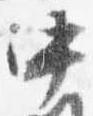
中